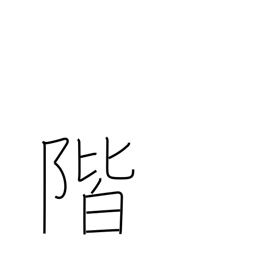
Meaning: stair